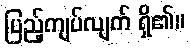
ပြည့်ကျပ်လျက် ရှိ၏။